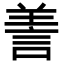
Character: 𦎍